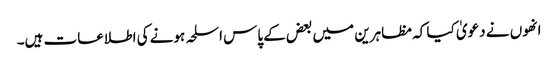
انھوں نے دعویٰ کیا کہ مظاہرین میں بعض کے پاس اسلحہ ہونے کی اطلاعات ہیں۔